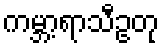
ကမ္ဘာ့ရာသီဥတု